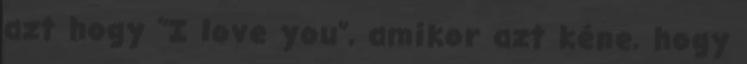
azt hogy "I love you", amikor azt kéne, hogy